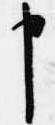
申